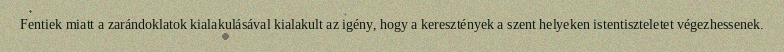
Fentiek miatt a zarándoklatok kialakulásával kialakult az igény, hogy a keresztények a szent helyeken istentiszteletet végezhessenek.